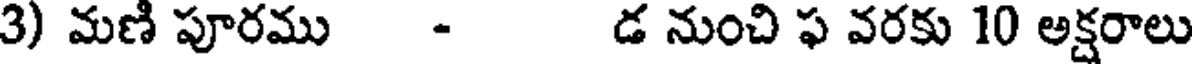
3) మణి పూరము - డ నుంచి ఫ వరకు 10 అక్షరాలు